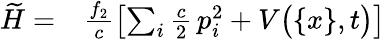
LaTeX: \begin{array}{rl}{\widetilde{H}=}&{{}\frac{f_{2}}{c}\left[\sum_{i}\frac{c}{2}\, p_{i}^{2}+V\big(\{ x\} ,t\big)\right]}\end{array}